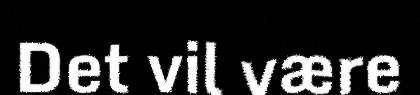
Det vil være